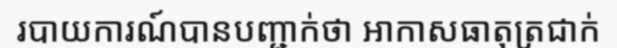
របាយការណ៍បានបញ្ជាក់ថា អាកាសធាតុត្រជាក់